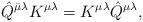
LaTeX: \begin{align*} \hat{Q}^{\bar{\mu} \lambda} K^{\mu \lambda} =K^{\mu \lambda} \hat{Q}^{\mu \lambda},\end{align*}